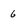
Character: 6